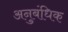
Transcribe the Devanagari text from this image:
अनुबंधिक